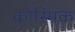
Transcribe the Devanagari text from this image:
कोस्मिक